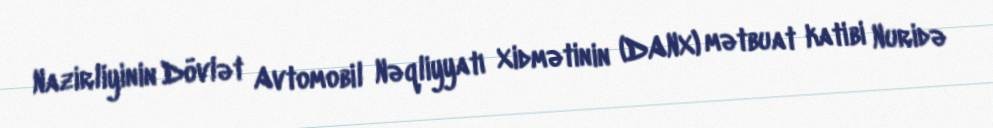
Nazirliyinin Dövlət Avtomobil Nəqliyyatı Xidmətinin (DANX) mətbuat katibi Nuridə